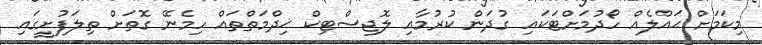
މިކަމަށް ޙައްލެއް ހޯދުމަށްޓަކައި ގުދަން ކުރުމާއި ލޮޖިސްޓިކް ޚިދްމަތްތައް ހިމެނޭ ގޮތަށް ތިލަފުށީގައި